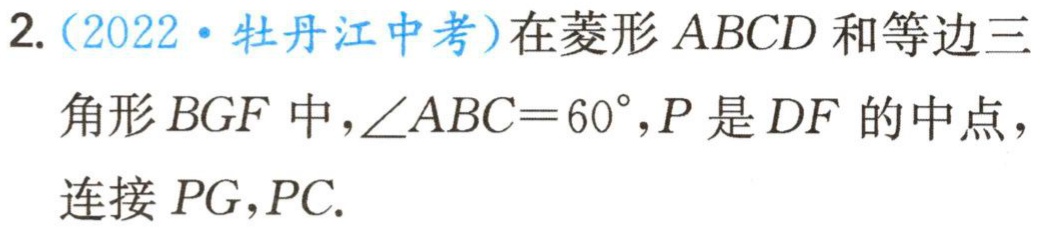
2.（2022·牡丹江中考）在菱形 \(ABCD\) 和等边三角形 \(BGF\) 中，\(\angle ABC = 60^{\circ}\)，\(P\) 是 \(DF\) 的中点，连接 \(PG\)，\(PC\).